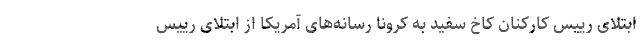
ابتلای رییس کارکنان کاخ سفید به کرونا رسانه‌های آمریکا از ابتلای رییس